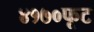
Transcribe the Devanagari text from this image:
४१७०फूट